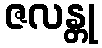
ဇလန္တု